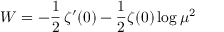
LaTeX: W = - \frac { 1 } { 2 } \, \zeta ^ { \prime } ( 0 ) - \frac { 1 } { 2 } \zeta ( 0 ) \log \mu ^ { 2 }